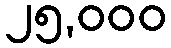
၂၅,၀၀၀